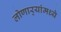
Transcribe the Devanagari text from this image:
लोणार्‍यांमध्ये